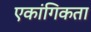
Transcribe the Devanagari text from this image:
एकांगिकता